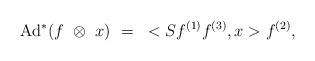
LaTeX: \begin{align*}\mbox{Ad}^{*}(f~\otimes~ x)~=~<Sf^{(1)}f^{(3)},x>f^{(2)},\end{align*}